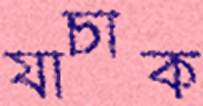
যাচাক